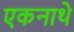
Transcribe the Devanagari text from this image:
एकनाथे